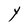
Character: Y